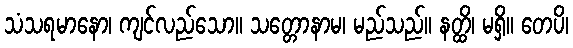
သံသရမာနော၊ ကျင်လည်သော။ သတ္တောနာမ၊ မည်သည်။ နတ္ထိ၊ မရှိ။ တေပိ၊